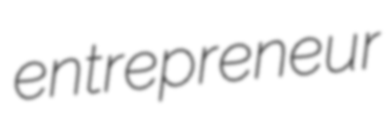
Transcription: entrepreneur